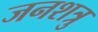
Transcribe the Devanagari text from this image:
जनशत्रु